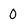
Character: 0